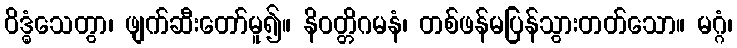
ဝိဒ္ဓံသေတွာ၊ ဖျက်ဆီးတော်မူ၍။ နိဝတ္တိဂမနံ၊ တစ်ဖန်မပြန်သွားတတ်သော။ မဂ္ဂံ၊